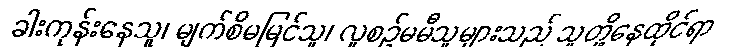
ခါးကုန်းနေသူ၊ မျက်စိမမြင်သူ၊ လူစဉ်မမီသူများသည် သူတို့နေထိုင်ရာ